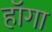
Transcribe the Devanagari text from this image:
हॉगा